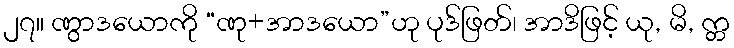
၂၇။ ဏွာဒယောကို “ဏု+အာဒယော”ဟု ပုဒ်ဖြတ်၊ အာဒိဖြင့် ယု, မိ, က္တ